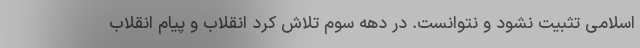
اسلامی تثبیت نشود و نتوانست. در دهه سوم تلاش کرد انقلاب و پیام انقلاب